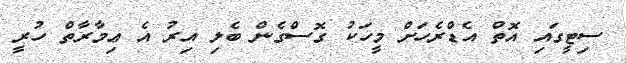
ސިޓީގައި އޮތް އެޑްރެހަށް މީހަކު ގޮސްގެން ބެލި އިރު އެ ޢިމާރާތް ހުރީ